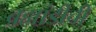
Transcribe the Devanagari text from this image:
ब्रह्मांडीची